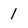
Character: 1